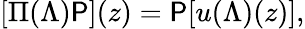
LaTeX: [\Pi(\Lambda)\mathsf{P}](z)=\mathsf{P}[u(\Lambda)(z)],